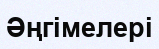
Әңгімелері